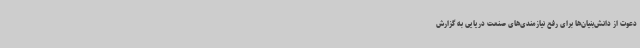
دعوت از دانش‌بنیان‌ها برای رفع نیازمندی‌های صنعت دریایی به گزارش